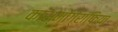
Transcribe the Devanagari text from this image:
कास्मोग्राफिया